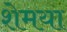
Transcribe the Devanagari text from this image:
शेमया